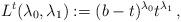
LaTeX: \begin{align*} L^t(\lambda_0, \lambda_1) := (b-t)^{\lambda_0} t^{\lambda_1} \,,\end{align*}